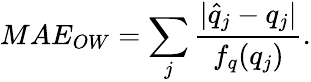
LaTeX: MAE_{OW}=\sum_{j}\frac{|\hat{q}_{j}-q_{j}|}{f_{q}(q_{j})}.